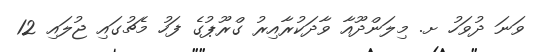
ވަނަ ދުވަހު ށ. މިލަންދޫއާ ވާދަކުރާއިރު ގްރޫޕުގެ ފަހު މެޗުގައި ޖުލައި 12